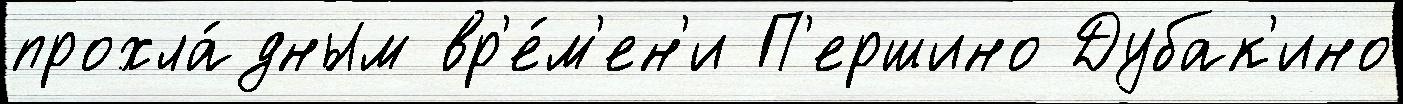
прохла́дным вр'е́м'ен'и П'ершино Дубак'ино